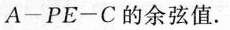
A—PE—C的余弦值.